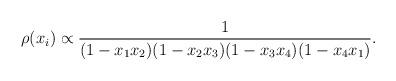
LaTeX: \begin{align*}\rho(x_i)\propto\frac{1}{(1-x_1x_2)(1-x_2x_3)(1-x_3x_4)(1-x_4x_1)}.\end{align*}